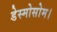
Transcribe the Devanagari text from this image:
डेस्मोसोम।